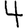
Digit: 4